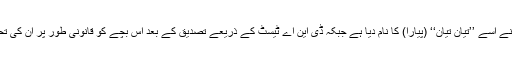
بچے کے نانا نانی/ دادا دادی نے اسے ’’تیان تیان‘‘ (پیارا) کا نام دیا ہے جبکہ ڈی این اے ٹیسٹ کے ذریعے تصدیق کے بعد اس بچے کو قانونی طور پر ان کی تحویل میں بھی دے دیا گیا ہے۔